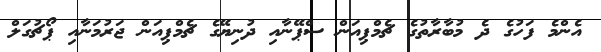
އެންމެ ފަހުގެ ދެ މުބާރާތުގެ ޗެމްޕިއަން ސްޕޭނާއި ދުނިޔޭގެ ޗެމްޕިއަން ޖަރުމަނާއި ޕޯޗުގަލް